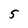
Character: 5